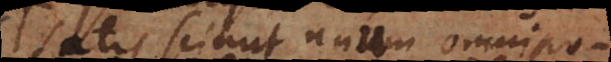
satis sciunt unum omnipotens